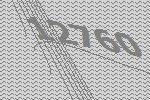
12760